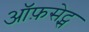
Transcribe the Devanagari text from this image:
ऑफ़सेट्स